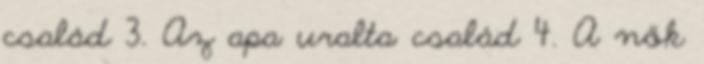
család 3. Az apa uralta család 4. A nők